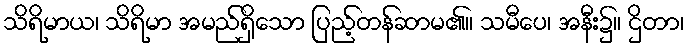
သိရိမာယ၊ သိရိမာ အမည်ရှိသော ပြည့်တန်ဆာမ၏။ သမီပေ၊ အနီး၌။ ဌိတာ၊